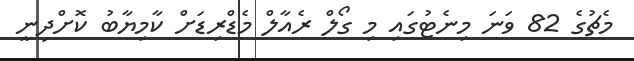
މެޗުގެ 82 ވަނަ މިނެޓުގައި މި ގޯލް ރެއާލް މެޑްރިޑަށް ކާމިޔާބު ކޮށްދިނީ